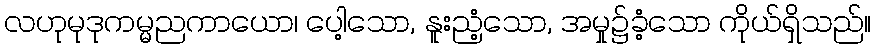
လဟုမုဒုကမ္မညကာယော၊ ပေါ့သော, နူးညံ့သော, အမှု၌ခံ့သော ကိုယ်ရှိသည်။